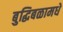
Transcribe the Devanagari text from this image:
बुद्धिबळामधे